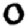
Digit: 0